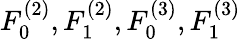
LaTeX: F_{0}^{(2)},F_{1}^{(2)},F_{0}^{(3)},F_{1}^{(3)}